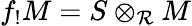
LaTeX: f_{!}M=S\otimes_{\mathcal{R}}M